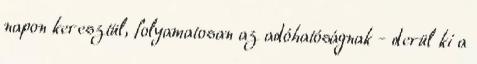
napon keresztül, folyamatosan az adóhatóságnak - derül ki a